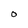
Character: O